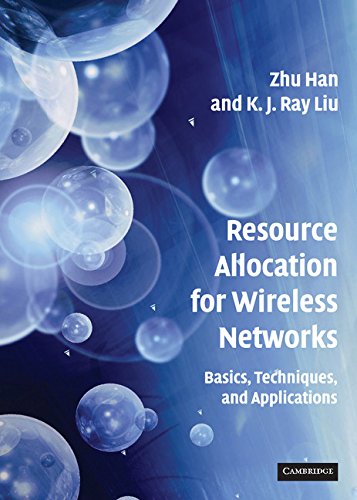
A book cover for Resource Allocation for Wireless Networks: Basics, Techniques, and Applications; Zhu Han; Computers & Technology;